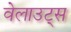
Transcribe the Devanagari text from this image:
वेलाउट्स